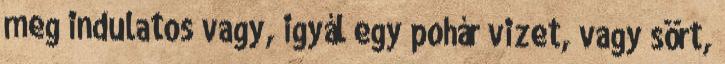
meg indulatos vagy, igyál egy pohár vizet, vagy sört,